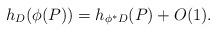
LaTeX: \begin{align*}h_{D}(\phi(P))=h_{\phi^*D}(P)+O(1).\end{align*}